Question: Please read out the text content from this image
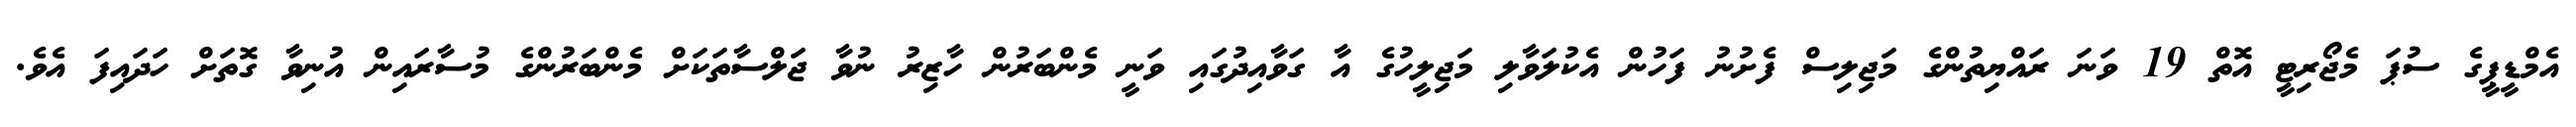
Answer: އެމްޑީޕީގެ ސުޕަ މެޖޯރިޓީ އޮތް 19 ވަނަ ރައްޔިތުންގެ މަޖިލިސް ފެށުނު ފަހުން އެކުލަވާލި މަޖިލީހުގެ އާ ގަވާއިދުގައި ވަނީ މެންބަރުން ހާޒިރު ނުވާ ޖަލްސާތަކަށް މެންބަރުންގެ މުސާރައިން އުނިވާ ގޮތަށް ހަދައިފަ އެވެ.